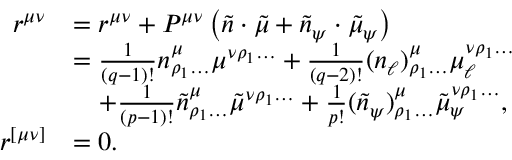
\begin{array} { r l } { r ^ { \mu \nu } } & { = r ^ { \mu \nu } + P ^ { \mu \nu } \left( \tilde { n } \cdot \tilde { \mu } + \tilde { n } _ { \psi } \cdot \tilde { \mu } _ { \psi } \right) } \\ & { = \frac { 1 } { ( q - 1 ) ! } n ^ { \mu } _ { \rho _ { 1 } \ldots } \mu ^ { \nu \rho _ { 1 } \ldots } + \frac { 1 } { ( q - 2 ) ! } ( n _ { \ell } ) ^ { \mu } _ { \rho _ { 1 } \ldots } \mu _ { \ell } ^ { \nu \rho _ { 1 } \ldots } } \\ & { \quad + \frac { 1 } { ( p - 1 ) ! } \tilde { n } ^ { \mu } _ { \rho _ { 1 } \ldots } \tilde { \mu } ^ { \nu \rho _ { 1 } \ldots } + \frac { 1 } { p ! } ( \tilde { n } _ { \psi } ) ^ { \mu } _ { \rho _ { 1 } \ldots } \tilde { \mu } _ { \psi } ^ { \nu \rho _ { 1 } \ldots } , } \\ { r ^ { [ \mu \nu ] } } & { = 0 . } \end{array}